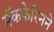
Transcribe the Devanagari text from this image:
मॅकफेरिनने